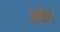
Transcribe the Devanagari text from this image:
तदेनं